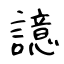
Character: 譩